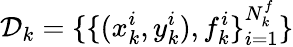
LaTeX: \mathcal{D}_{k}=\{ \{ (x_{k}^{i},y_{k}^{i}),f_{k}^{i}\} _{i=1}^{N_{k}^{f}}\}